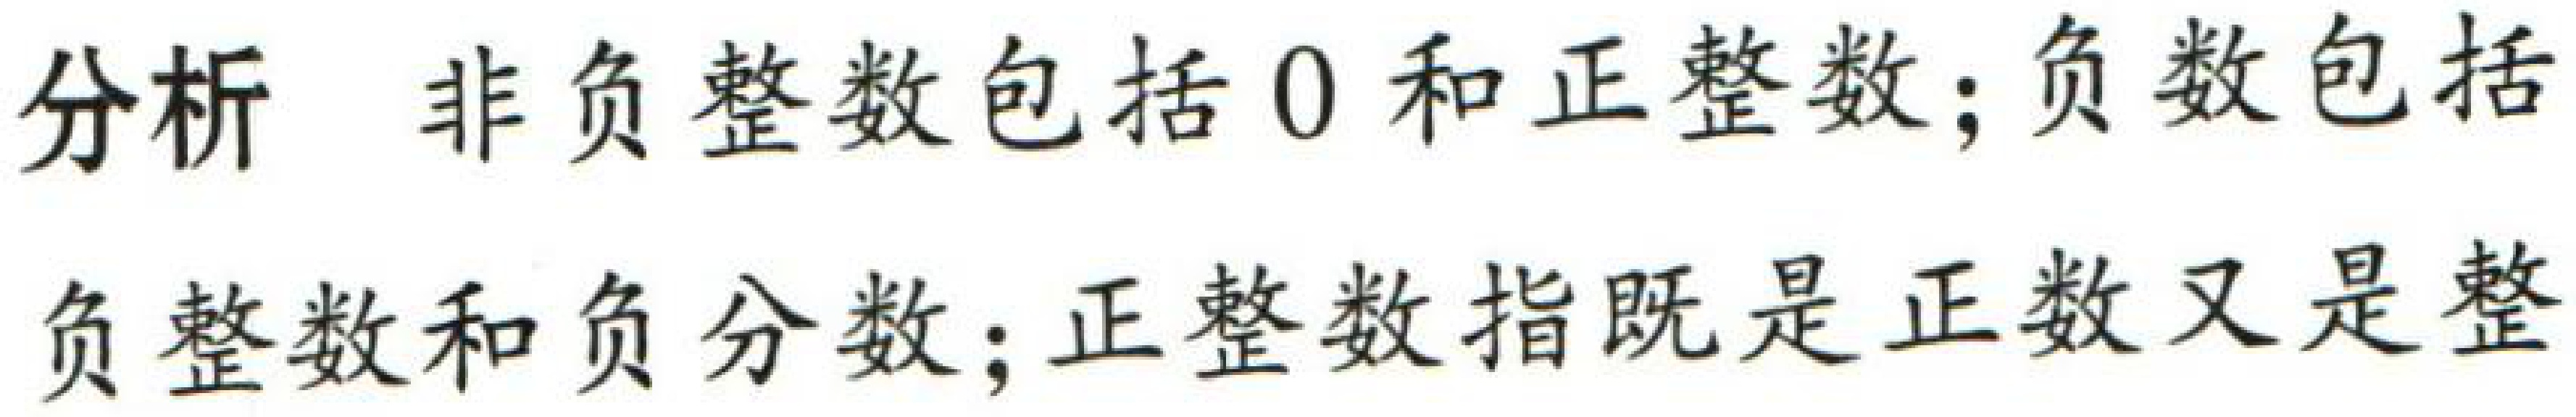
分析 非负整数包括$0$和正整数；负数包括负整数和负分数；正整数指既是正数又是整